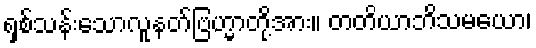
ရှစ်သန်းသောလူနတ်ဗြဟ္မာတို့အား။ တတိယာဘိသမယော၊